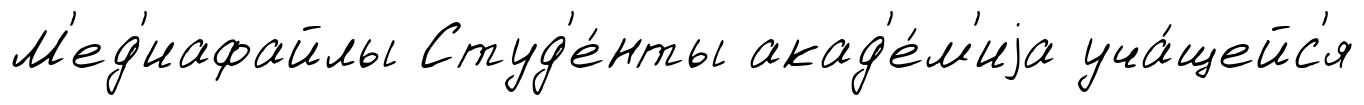
М'ед'иафайлы Студ'е́нты акад'е́м'иjа уча́щейс'я